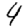
Digit: 4